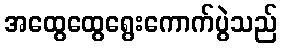
အထွေထွေရွေးကောက်ပွဲသည်